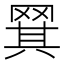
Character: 𬙡